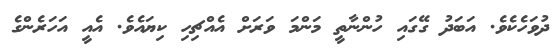
ދުވަހެކެވެ. އަބަދު ގޭގައި ހުންނާތީ މަންމަ ވަރަށް އެއްޗިހި ކިޔައެވެ. އެއީ އަހަރެންގެ